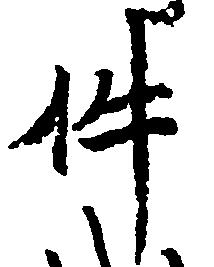
件